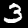
Digit: 3